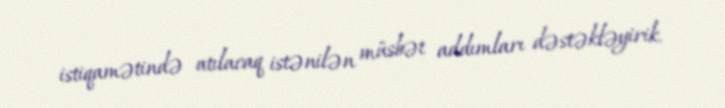
istiqamətində atılacaq istənilən müsbət addımları dəstəkləyirik.